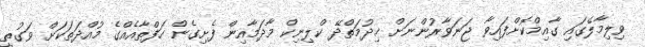
ވިލިމާލޭގައި ގާއިމްކޮށްފައިވާ ޖަނަވާރުންނަށް ޚިދުމަތްދޭ ކްލިނިކް މާދަމާއިން ފެށިގެން ހަފްތާއެއްގެ މުއްދަތަކަށް ވަގުތީ